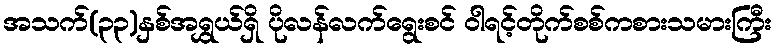
အသက်(၃၃)နှစ်အရွှယ်ရှိ ပိုလန်လက်ရွေးစင် ဝါရင့်တိုက်စစ်ကစားသမားကြီး